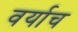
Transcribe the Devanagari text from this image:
वर्याच